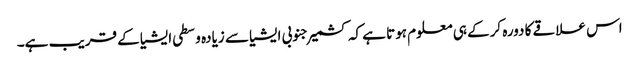
اس علاقے کا دورہ کرکے ہی معلوم ہوتا ہے کہ کشمیر جنوبی ایشیا سے زیادہ وسطی ایشیا کے قریب ہے۔